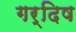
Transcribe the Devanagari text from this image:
गर्दिष